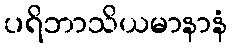
ပရိဘာသိယမာနာနံ